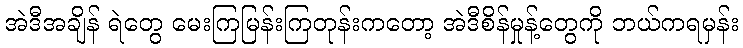
အဲဒီအချိန် ရဲတွေ မေးကြမြန်းကြတုန်းကတော့ အဲဒီစိန်မှုန့်တွေကို ဘယ်ကရမှန်း